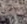
أصير